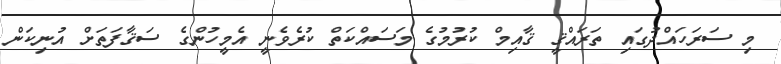
މި ސަރަހައްދުގައި ތަރައްޤީ ޤާއިމް ކުރުމުގެ މަސައްކަތް ކުރެވެނީ އެމީހުންގެ ސަޤާފަތަށް އުނިކަން